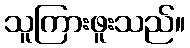
သူကြားဖူးသည်။